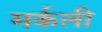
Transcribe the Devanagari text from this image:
मर्कली